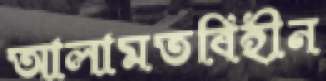
আলামতবিহীন